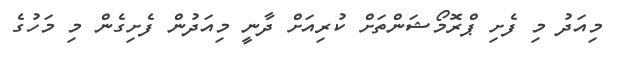
މިއަދު މި ފެށި ޕްރޮމޯޝަންތަށް ކުރިއަށް ދާނީ މިއަދުން ފެށިގެން މި މަހުގެ